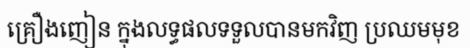
គ្រឿងញៀន ក្នុងលទ្ធផលទទួលបានមកវិញ ប្រឈមមុខ